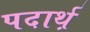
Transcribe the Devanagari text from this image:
पदार्थ़